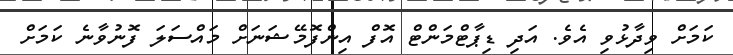
ކަމަށް ވިދާޅުވި އެވެ. އަދި ޑިޕާޓްމަންޓް އޮފް އިންފޮމޭޝަނަށް މައްސަލަ ފޮނުވާނެ ކަމަށް